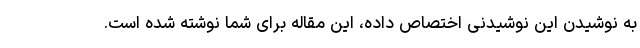
به نوشیدن این نوشیدنی اختصاص داده، این مقاله برای شما نوشته شده است.